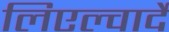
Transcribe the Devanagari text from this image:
लिएल्वार्दे